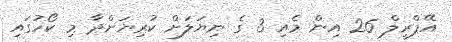
އޭޕްރީލް 26 އިން މެއި 3 ގެ ނިޔަލަށް ކުރިޔަށްދާ މި ކޯހުގައި